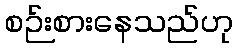
စဉ်းစားနေသည်ဟု